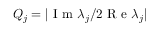
Q _ { j } = | \mathrm { ~ I ~ m ~ } \lambda _ { j } / 2 \mathrm { ~ R ~ e ~ } \lambda _ { j } |